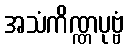
အသံကိဏ္ဏပုဗ္ဗံ